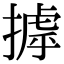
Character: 摢